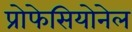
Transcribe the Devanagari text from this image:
प्रोफेसियोनेल